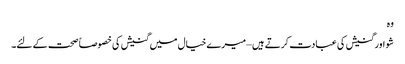
وہ
شو اور گنیش کی عبادت کرتے ہیں – میرے خیال میں گنیش کی خصوصاً صحت کے لئے۔